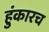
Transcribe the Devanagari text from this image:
हुंकारच